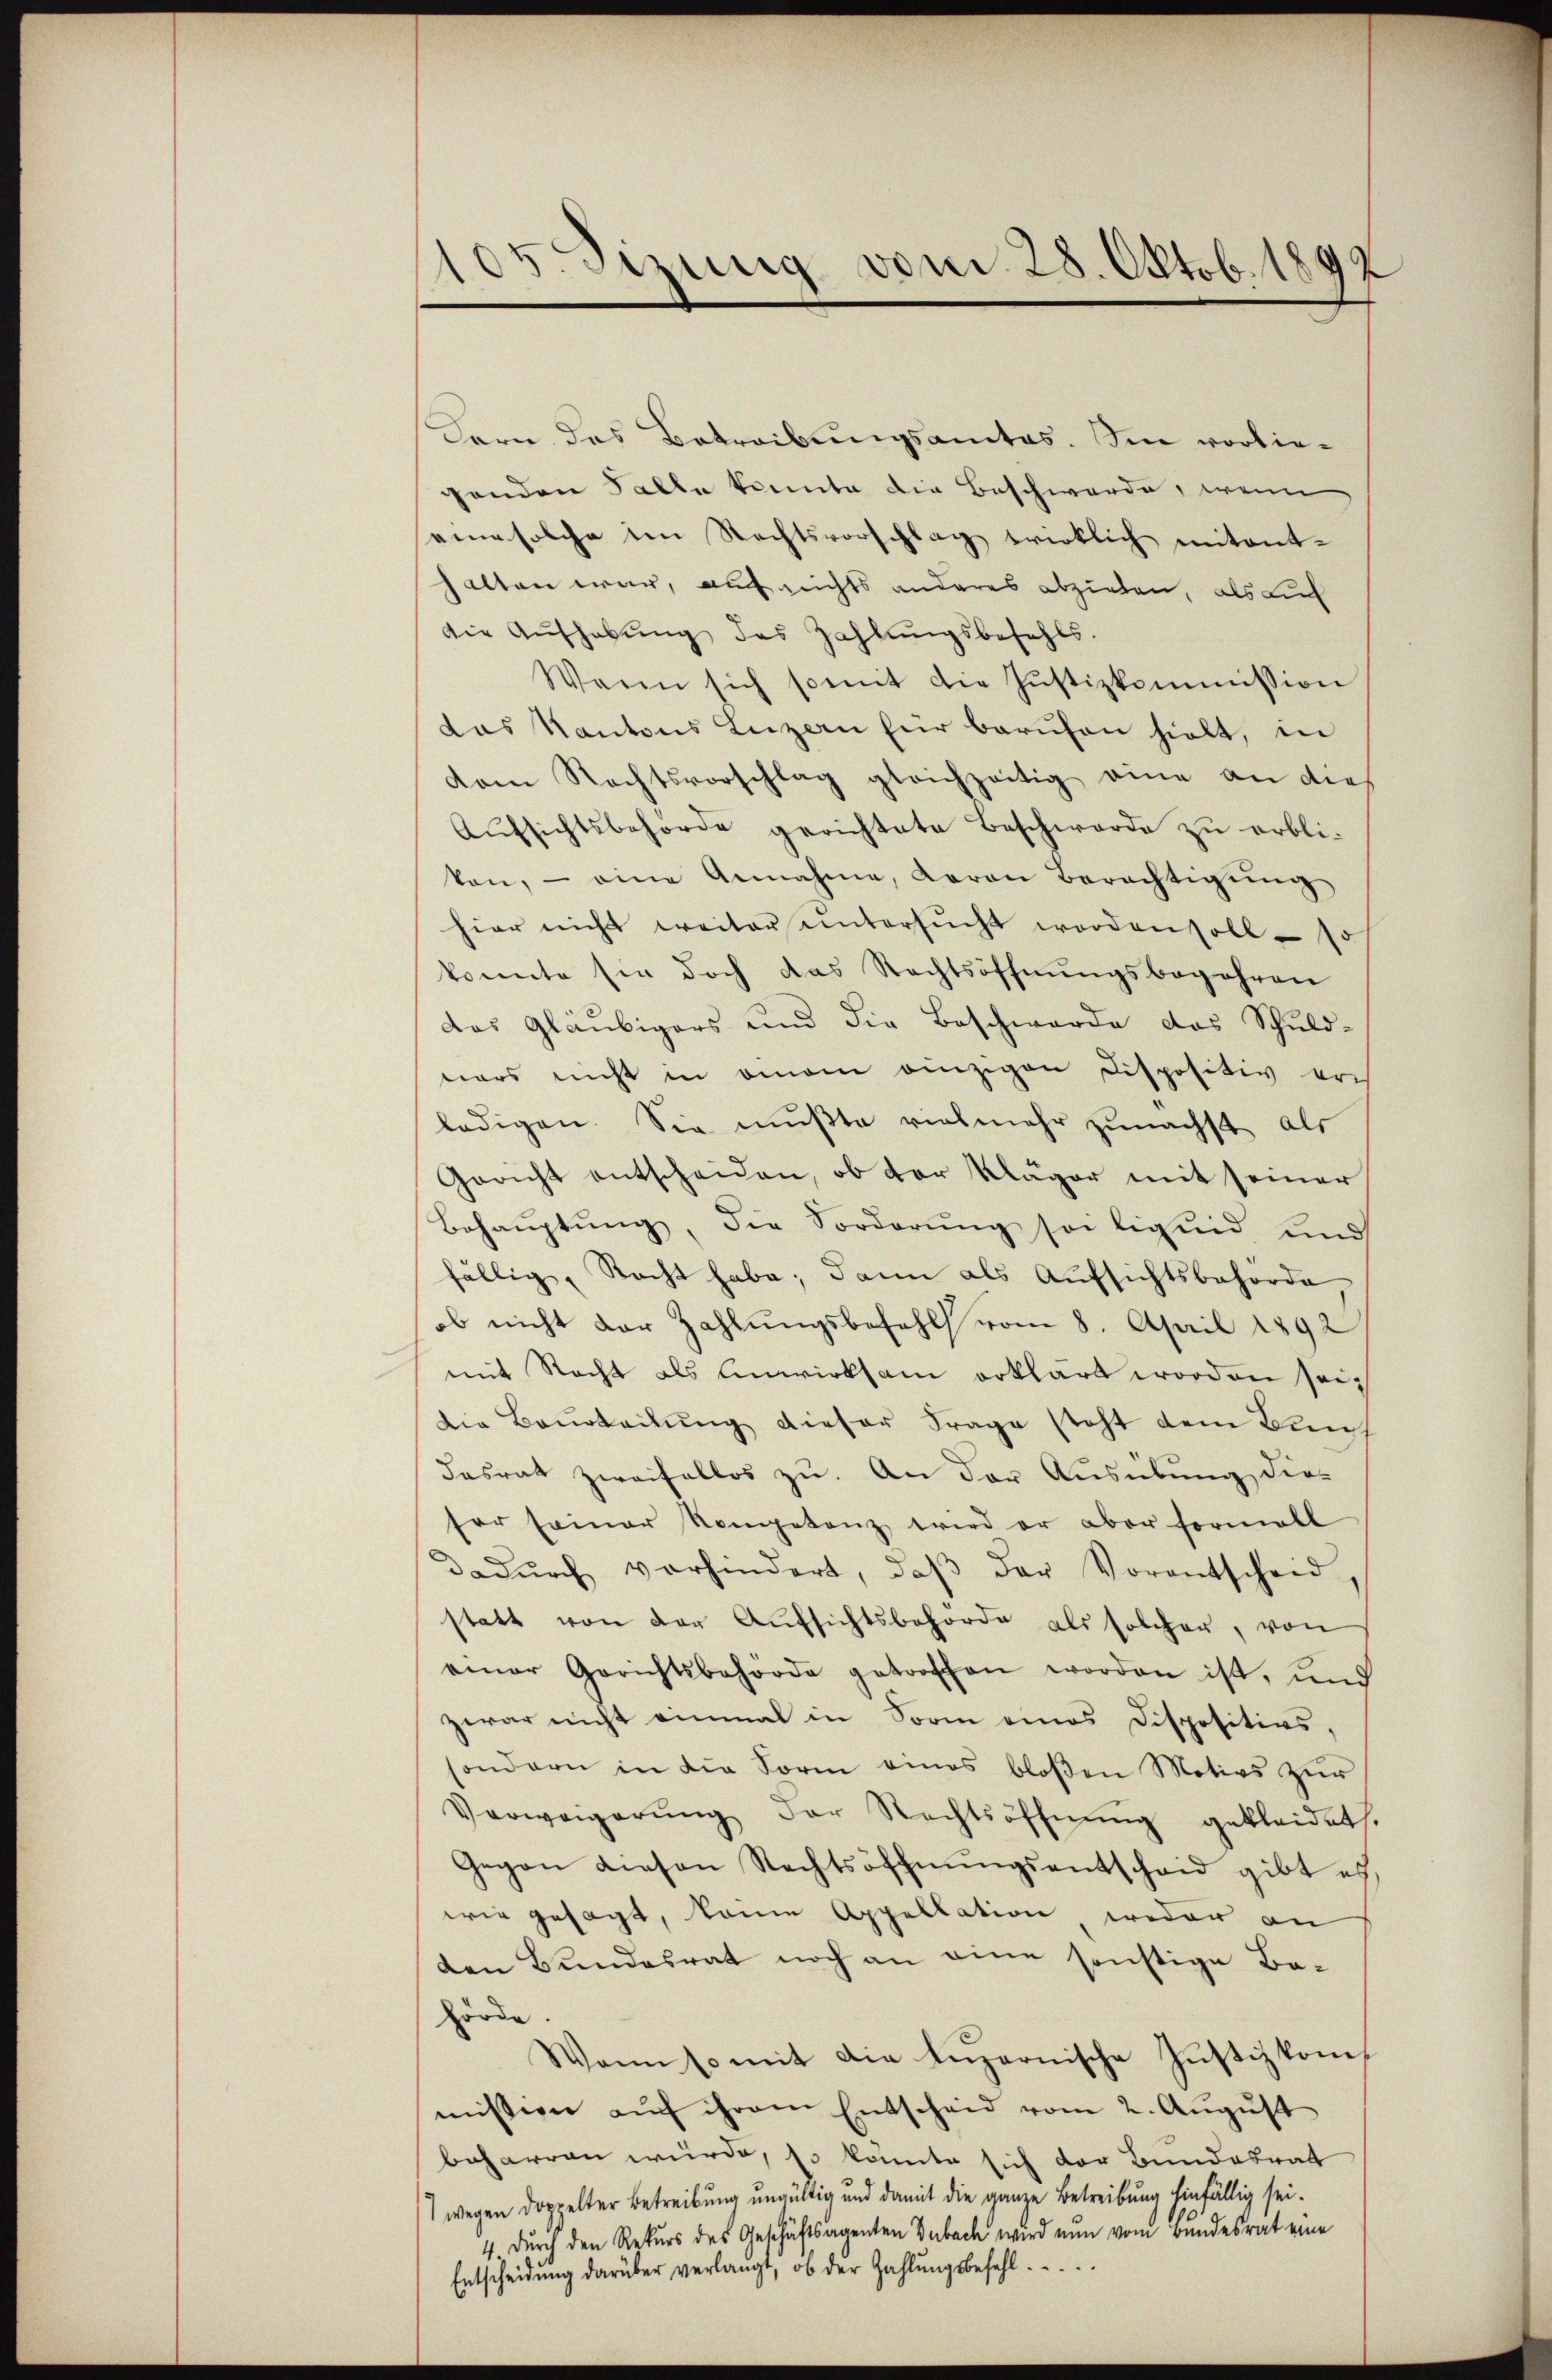
105 Sirung vom 28. Oktob. 1892

dern das Betreibungsamtes. Im vorliegenden Falle konnte die Beschwerde, wenn
eine solche im Rechtsvorschlag wirklich mitant-
halten war, auf nichts anderes abziehen, als auch
die Aŭfhabŭng des Zahlungsbefehls.
Wann sich somit die Justizkommission
das Kantons Luzern für berŭfen hielt, in
dam Rechtsvorschlag gleichzeitig eine an die
Aŭfsichtsbehörde gerichtete Beschwerde zŭ erbli-
ken, - eine Annahme, Baron Berechtigŭng
hier nicht weiter untersŭcht worden soll, so
konnte sie doch das Rechtsöffnŭngsbegehren
das Gläubigers und die Beschwerde das Schuld-
nars nicht in omnem einzigen Dispositiv er
ledigen. Sie mußte vielmehr zunächst als
Gericht entscheiden, ob der Kläger mit seiner
Behauptung, die Sorderŭng sei ligend und
fällig, Nacht habe; dann als Aufsichtsbehörde,
ob nicht der Zahlungsbefehl vom 8. April 1892
mit Recht als Anwirksam erklärt worden seidie Beurteilung dieser Frage steht dem Buns
dasrat zweifellos zu. An der Ausübung dieser seiner Kompetenz wird er aber formall
dadŭrch vorhindert, daβ der Vorentscheid,
statt von der Aŭfsichtsbehörde als solcher, von
einer Gerichtsbehörde getroffen worden ist, und
zwar nicht einmal in Sorm eines Dispositios,
sondern in die Form eines bloβen Motivs zŭr
Verweigerŭng der Rechtsöffnŭng gekleidet.
Gegen diesen Rechtsöffnŭngsentschaid gibt es
wie gesagt, keine Appellation weder an
den Bundesrat noch an eine sonstige Be-
Hörde
Wann so mit die Lŭzernische Justizkom
mission auch ihrem Entscheid vom 2. August
beharren wurde, so könnte sich der Bundesrat
wegen doppelter Betreibung ungültig und damit die ganze Betreibung hinfällig sei.
4 durch den Rekurs des Geschäftsagenten Dubach wird nun vom Bundesrat eine
Entscheidŭng darüber verlangt, ob der Zahlŭngsbefehl.